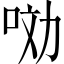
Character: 𱒣